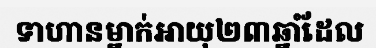
ទាហានម្នាក់អាយុ២៣ឆ្នាំដែល